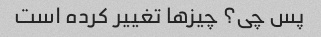
پس چی؟ چیزها تغییر کرده است